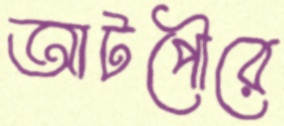
আটপৌরে